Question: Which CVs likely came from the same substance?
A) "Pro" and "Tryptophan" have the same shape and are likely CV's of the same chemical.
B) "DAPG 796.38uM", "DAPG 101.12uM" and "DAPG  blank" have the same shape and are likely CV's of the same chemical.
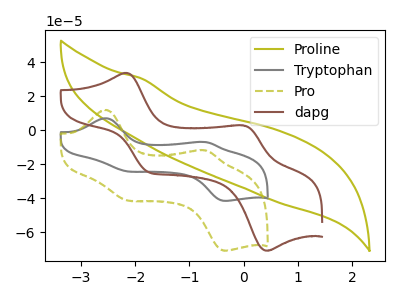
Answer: <think>The olive curve "Proline" has no peaks. The gray curve "Tryptophan" has anodic peaks at (-2.55V, 6.95uA) (-0.70V, -7.00uA) and cathodic peaks at (-2.15V, -24.20uA) (-0.35V, -41.55uA). The olive dashed curve "Pro" has anodic peaks at (-2.55V, 11.90uA) (-0.70V, -11.95uA) and cathodic peaks at (-2.15V, -41.25uA) (-0.35V, -70.80uA). The brown curve "dapg" has anodic peaks at (-2.20V, 33.60uA) (0.00V, 2.80uA) and cathodic peaks at (-1.75V, -24.65uA) (0.45V, -70.80uA).
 "Proline" and "Tryptophan" have a different number of peaks. "Proline" and "Pro" have a different number of peaks. "Proline" and "dapg" have a different number of peaks. All the peaks in "Tryptophan" have a peak in "Pro" at the same potential. "Tryptophan" and "dapg" have at least one peak that do not match. "Pro" and "dapg" have at least one peak that do not match.</think>
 <answer>A) "Pro" and "Tryptophan" have the same shape and are likely CV's of the same chemical.</answer>
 <eval>A</eval>